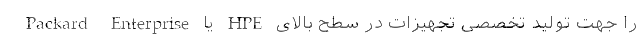
Packard Enterprise یا HPE را جهت تولید تخصصی تجهیزات در سطح بالای